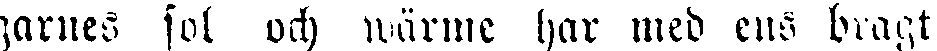
garnes sol och wärme har med ens dragt